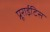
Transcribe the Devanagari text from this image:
प्रूराईटिस